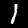
Digit: 1